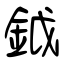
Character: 鉞